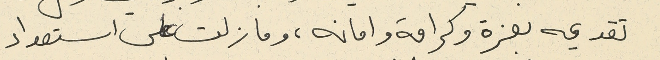
تقديمه بعزة وكرامة وامانه، وما زلت على استعداد